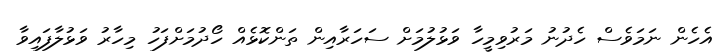
އެހެން ނަމަވެސް ހެދުނު މަރުވިމީހާ ވަޅުލުމަށް ސަހަރާއިން ތަންކޮޅެއް ހޯދުމަށްފަހު މިހާރު ވަޅުލާފައިވާ